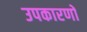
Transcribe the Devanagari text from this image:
उपकारणों